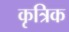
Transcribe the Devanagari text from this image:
कृत्रिक